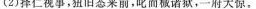
(2)择仁视事，狃旧态来前，叱而被诸狱，一府大惊。